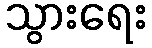
သွားရေး